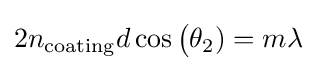
2n_{\rm {coating}}d\cos {\big (}\theta _{2})=m\lambda